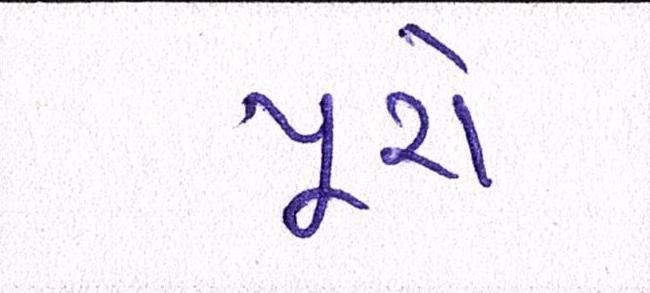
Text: પૂરો